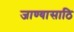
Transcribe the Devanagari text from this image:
जाण्यासाठि